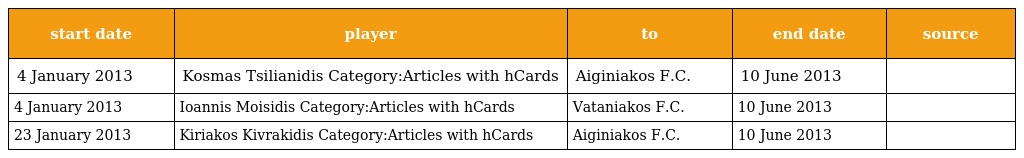
| start date | player | to | end date | source |
 | --- | --- | --- | --- | --- |
 | 4 January 2013 | Kosmas Tsilianidis Category:Articles with hCards | Aiginiakos F.C. | 10 June 2013 |  |
 | 4 January 2013 | Ioannis Moisidis Category:Articles with hCards | Vataniakos F.C. | 10 June 2013 |  |
 | 23 January 2013 | Kiriakos Kivrakidis Category:Articles with hCards | Aiginiakos F.C. | 10 June 2013 |  |